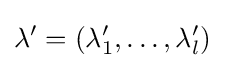
\lambda '=(\lambda '_{1},\ldots ,\lambda '_{l})